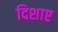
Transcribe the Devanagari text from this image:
दिशाए